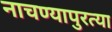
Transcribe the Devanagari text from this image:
नाचण्यापुरत्या